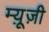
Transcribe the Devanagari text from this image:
म्यू़ज़ी